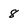
Character: 8